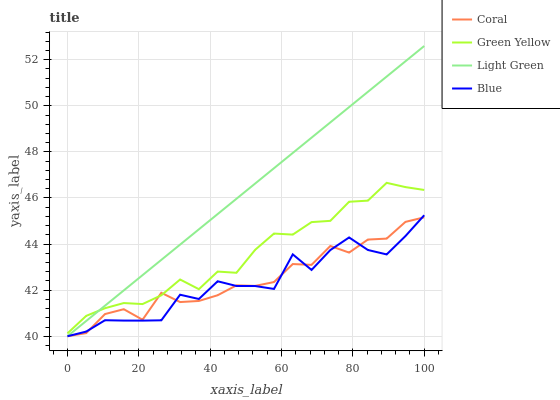
| xaxis_label | Coral | Green Yellow | Light Green | Blue |
 | --- | --- | --- | --- | --- |
 | 0 | 40 | 40.1 | 40 | 40 |
 | 5.26 | 40.1 | 40.9 | 40.7 | 40.2 |
 | 10.5 | 41 | 41.2 | 41.3 | 40.7 |
 | 15.8 | 41.2 | 41.4 | 42 | 40.7 |
 | 21.1 | 40.7 | 41.4 | 42.7 | 40.7 |
 | 26.3 | 41.9 | 41.8 | 43.3 | 40.7 |
 | 31.6 | 41.5 | 42.5 | 44 | 41.8 |
 | 36.8 | 41.5 | 42 | 44.6 | 41.6 |
 | 42.1 | 41.8 | 42.8 | 45.3 | 42.4 |
 | 47.4 | 42.2 | 42.8 | 46 | 42.2 |
 | 52.6 | 42.2 | 43.8 | 46.6 | 42.2 |
 | 57.9 | 42.4 | 44.5 | 47.3 | 42.1 |
 | 63.2 | 43.1 | 44.4 | 48 | 43.6 |
 | 68.4 | 43.1 | 45 | 48.6 | 42.9 |
 | 73.7 | 43.9 | 45 | 49.3 | 43.7 |
 | 78.9 | 43.6 | 45.8 | 49.9 | 44.3 |
 | 84.2 | 44.2 | 45.9 | 50.6 | 43.7 |
 | 89.5 | 44.2 | 46.7 | 51.3 | 43.6 |
 | 94.7 | 45 | 46.5 | 51.9 | 44.3 |
 | 100 | 45.2 | 46.3 | 52.6 | 45.3 |